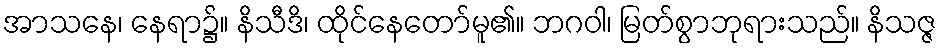
အာသနေ၊ နေရာ၌။ နိသီဒိ၊ ထိုင်နေတော်မူ၏။ ဘဂဝါ၊ မြတ်စွာဘုရားသည်။ နိသဇ္ဇ